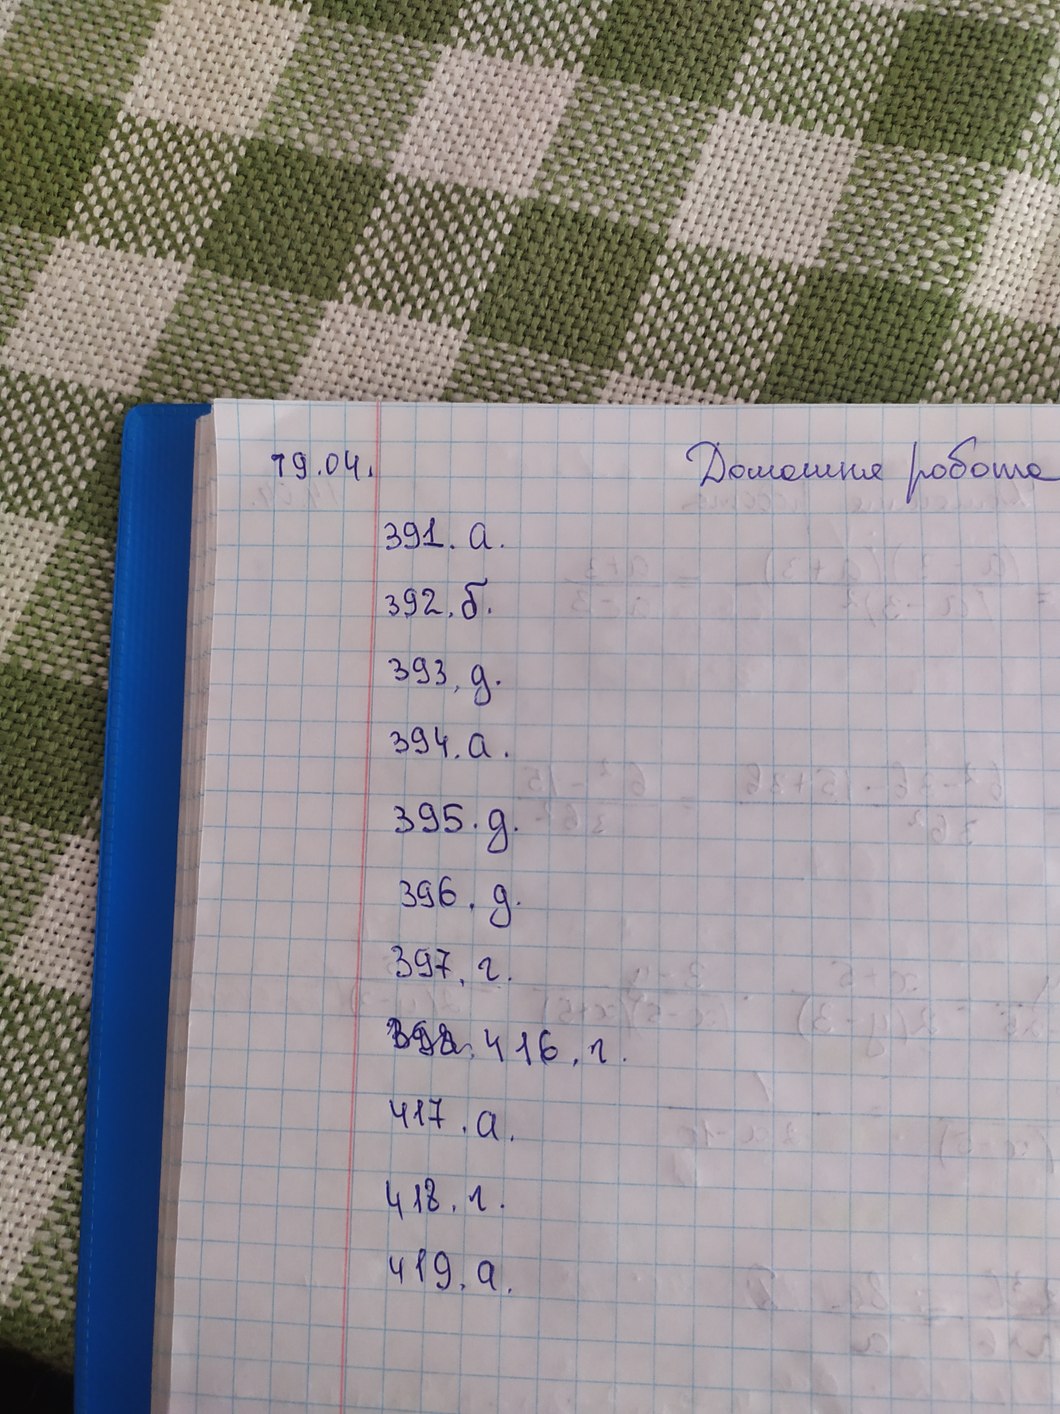
Домашня робота
19.04.
391. a.
392. б.
393, д.
394. a.
395. д.
396, д.
397, г.
~398~. 416, г.
417. a.
418, г.
419, a.